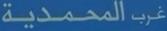
غرب-المحمدية